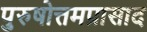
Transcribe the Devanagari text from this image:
पुरुषोत्तमप्रासाद